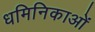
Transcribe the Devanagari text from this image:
धमिनिकाओं